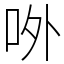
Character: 𠰻